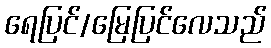
ရေပြင်/မြေပြင်လေသည်